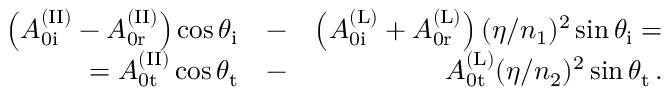
\begin{array} { r l r } { \left( A _ { \mathrm { 0 i } } ^ { \mathrm { ( I I ) } } - A _ { \mathrm { 0 r } } ^ { \mathrm { ( I I ) } } \right) \cos \theta _ { \mathrm { i } } } & { - } & { \left( A _ { \mathrm { 0 i } } ^ { \mathrm { ( L ) } } + A _ { \mathrm { 0 r } } ^ { \mathrm { ( L ) } } \right) ( \eta / n _ { 1 } ) ^ { 2 } \sin \theta _ { \mathrm { i } } = } \\ { = A _ { \mathrm { 0 t } } ^ { \mathrm { ( I I ) } } \cos \theta _ { \mathrm { t } } } & { - } & { A _ { \mathrm { 0 t } } ^ { \mathrm { ( L ) } } ( \eta / n _ { 2 } ) ^ { 2 } \sin \theta _ { \mathrm { t } } \, . } \end{array}